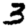
Digit: 3